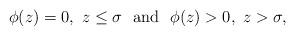
LaTeX: \begin{align*}\phi(z)=0, ~z\le \sigma \mathrm{~~and~~} \phi(z)>0, ~ z>\sigma,\end{align*}